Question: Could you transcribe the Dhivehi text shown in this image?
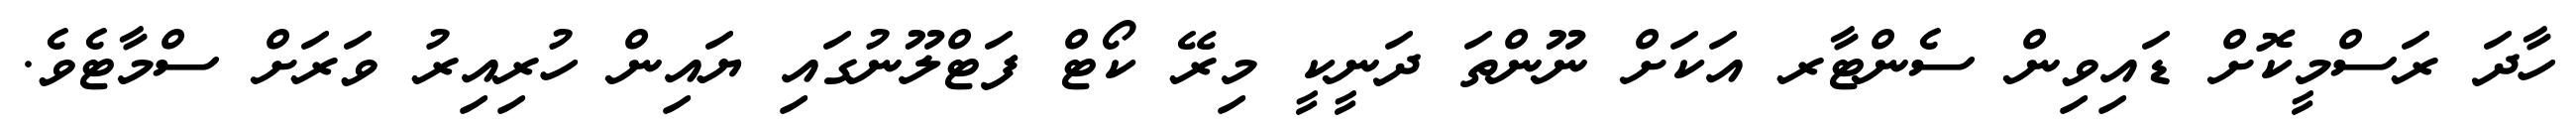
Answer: ހާދަ ރަސްމީކޮށް ޑައިވިން ސެންޓާރ އަކަށް ނޫންތަ ދަނީކީ މިރޭ ކޯޓް ފަޓްލޫނުގައި ޔައިން ހުރިއިރު ވަރަށް ސްމާޓެވެ.